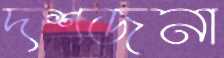
দশজনা